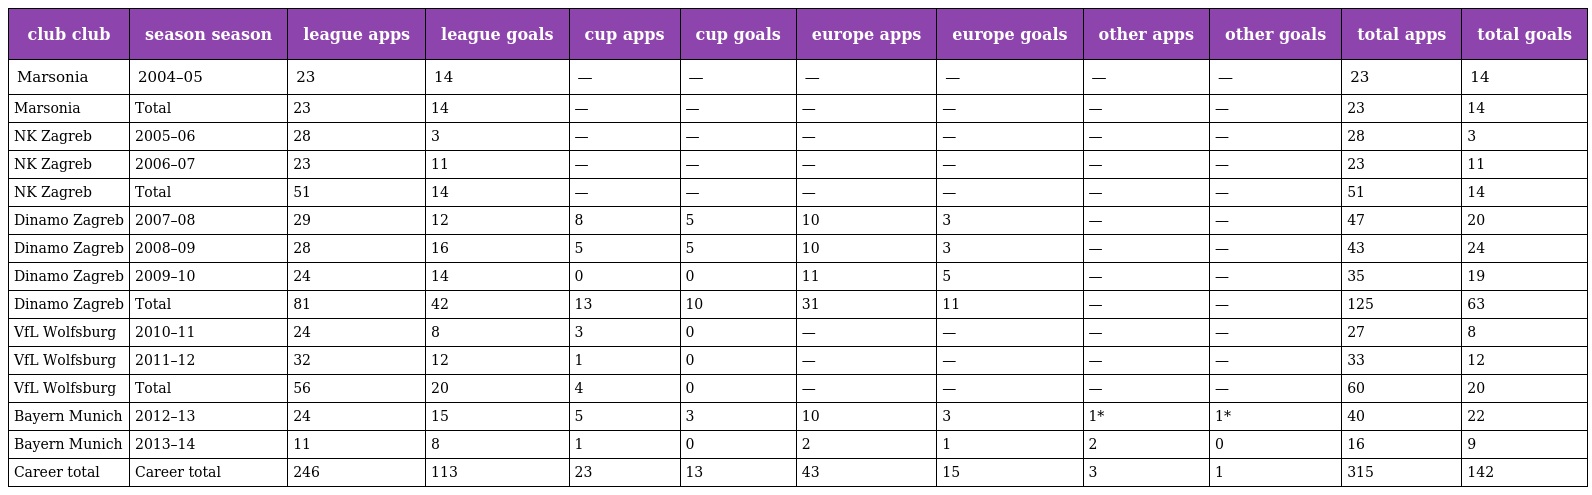
| club club | season season | league apps | league goals | cup apps | cup goals | europe apps | europe goals | other apps | other goals | total apps | total goals |
 | --- | --- | --- | --- | --- | --- | --- | --- | --- | --- | --- | --- |
 | Marsonia | 2004–05 | 23 | 14 | — | — | — | — | — | — | 23 | 14 |
 | Marsonia | Total | 23 | 14 | — | — | — | — | — | — | 23 | 14 |
 | NK Zagreb | 2005–06 | 28 | 3 | — | — | — | — | — | — | 28 | 3 |
 | NK Zagreb | 2006–07 | 23 | 11 | — | — | — | — | — | — | 23 | 11 |
 | NK Zagreb | Total | 51 | 14 | — | — | — | — | — | — | 51 | 14 |
 | Dinamo Zagreb | 2007–08 | 29 | 12 | 8 | 5 | 10 | 3 | — | — | 47 | 20 |
 | Dinamo Zagreb | 2008–09 | 28 | 16 | 5 | 5 | 10 | 3 | — | — | 43 | 24 |
 | Dinamo Zagreb | 2009–10 | 24 | 14 | 0 | 0 | 11 | 5 | — | — | 35 | 19 |
 | Dinamo Zagreb | Total | 81 | 42 | 13 | 10 | 31 | 11 | — | — | 125 | 63 |
 | VfL Wolfsburg | 2010–11 | 24 | 8 | 3 | 0 | — | — | — | — | 27 | 8 |
 | VfL Wolfsburg | 2011–12 | 32 | 12 | 1 | 0 | — | — | — | — | 33 | 12 |
 | VfL Wolfsburg | Total | 56 | 20 | 4 | 0 | — | — | — | — | 60 | 20 |
 | Bayern Munich | 2012–13 | 24 | 15 | 5 | 3 | 10 | 3 | 1* | 1* | 40 | 22 |
 | Bayern Munich | 2013–14 | 11 | 8 | 1 | 0 | 2 | 1 | 2 | 0 | 16 | 9 |
 | Career total | Career total | 246 | 113 | 23 | 13 | 43 | 15 | 3 | 1 | 315 | 142 |